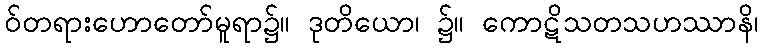
ဝ်တရားဟောတော်မူရာ၌။ ဒုတိယော၊ ၌။ ကောဋိသတသဟဿာနိ၊